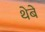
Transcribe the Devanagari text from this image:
थेबे